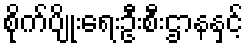
စိုက်ပျိုးရေးဦးစီးဌာနနှင့်